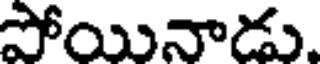
పోయినాడు.